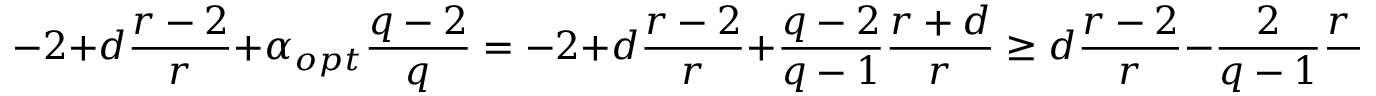
- 2 + d \frac { r - 2 } { r } + \alpha _ { o p t } \frac { q - 2 } { q } = - 2 + d \frac { r - 2 } { r } + \frac { q - 2 } { q - 1 } \frac { r + d } { r } \geq d \frac { r - 2 } { r } - \frac { 2 } { q - 1 } \frac { r + d } { r } ,